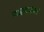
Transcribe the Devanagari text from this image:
फादरस